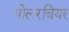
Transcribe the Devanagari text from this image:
पोलरबियर